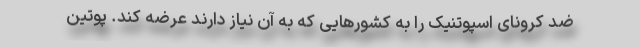
ضد کرونای اسپوتنیک را به کشورهایی که به آن نیاز دارند عرضه کند. پوتین